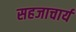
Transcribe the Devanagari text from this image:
सहजाचार्य